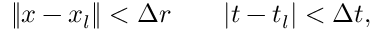
\left\| x - x _ { l } \right\| < \Delta r \quad \mathrm { \quad } | t - t _ { l } | < \Delta t ,